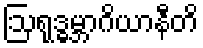
ဩရုဒ္ဓမ္ဘာဂိယာနီတိ